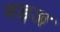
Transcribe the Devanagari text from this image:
बड़अ